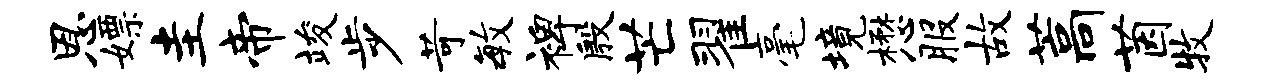
恩嫖圭帝竣步苛毓裨殷芒翟毫境懋服故藁茵牧